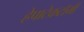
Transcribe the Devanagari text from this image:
हेपाटेकटॉमी